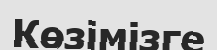
Көзімізге